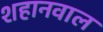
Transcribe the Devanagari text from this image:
शहानवाल